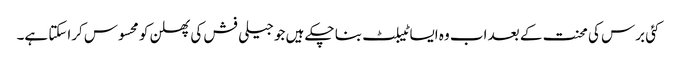
کئی برس کی محنت کے بعد اب وہ ایسا ٹیبلٹ بنا چکے ہیں جو جیلی فش کی پھسلن کو محسوس کراسکتا ہے۔